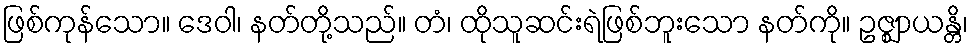
ဖြစ်ကုန်သော။ ဒေဝါ၊ နတ်တို့သည်။ တံ၊ ထိုသူဆင်းရဲဖြစ်ဘူးသော နတ်ကို။ ဥဇ္ဈာယန္တိ၊